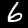
Digit: 6